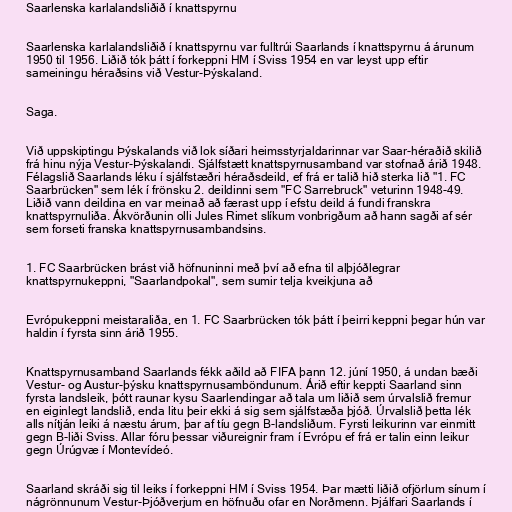
Saarlenska karlalandsliðið í knattspyrnu

Saarlenska karlalandsliðið í knattspyrnu var fulltrúi Saarlands í knattspyrnu á árunum
1950 til 1956. Liðið tók þátt í forkeppni HM í Sviss 1954 en var leyst upp eftir
sameiningu héraðsins við Vestur-Þýskaland.

Saga.

Við uppskiptingu Þýskalands við lok síðari heimsstyrjaldarinnar var Saar-héraðið skilið
frá hinu nýja Vestur-Þýskalandi. Sjálfstætt knattspyrnusamband var stofnað árið 1948.
Félagslið Saarlands léku í sjálfstæðri héraðsdeild, ef frá er talið hið sterka lið "1. FC
Saarbrücken" sem lék í frönsku 2. deildinni sem "FC Sarrebruck" veturinn 1948-49.
Liðið vann deildina en var meinað að færast upp í efstu deild á fundi franskra
knattspyrnuliða. Ákvörðunin olli Jules Rimet slíkum vonbrigðum að hann sagði af sér
sem forseti franska knattspyrnusambandsins.

1. FC Saarbrücken brást við höfnuninni með því að efna til alþjóðlegrar
knattspyrnukeppni, "Saarlandpokal", sem sumir telja kveikjuna að

Evrópukeppni meistaraliða, en 1. FC Saarbrücken tók þátt í þeirri keppni þegar hún var
haldin í fyrsta sinn árið 1955.

Knattspyrnusamband Saarlands fékk aðild að FIFA þann 12. júní 1950, á undan bæði
Vestur- og Austur-þýsku knattspyrnusamböndunum. Árið eftir keppti Saarland sinn
fyrsta landsleik, þótt raunar kysu Saarlendingar að tala um liðið sem úrvalslið fremur
en eiginlegt landslið, enda litu þeir ekki á sig sem sjálfstæða þjóð. Úrvalslið þetta lék
alls nítján leiki á næstu árum, þar af tíu gegn B-landsliðum. Fyrsti leikurinn var einmitt
gegn B-liði Sviss. Allar fóru þessar viðureignir fram í Evrópu ef frá er talin einn leikur
gegn Úrúgvæ í Montevídeó.

Saarland skráði sig til leiks í forkeppni HM í Sviss 1954. Þar mætti liðið ofjörlum sínum í
nágrönnunum Vestur-Þjóðverjum en höfnuðu ofar en Norðmenn. Þjálfari Saarlands í